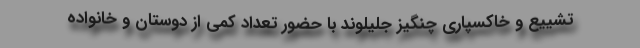
تشییع و خاکسپاری چنگیز جلیلوند با حضور تعداد کمی از دوستان و خانواده